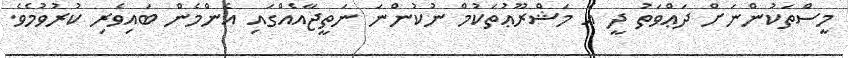
މީސްތަކުންނަށް ދަޢްވަތު ދީ އެ މަޝްރޫޢުތަކުމް ނުކުންނަ ނަތީޖާއެއްގައި އެންމެން ބައިވެރި ކުރުވުމެވެ.